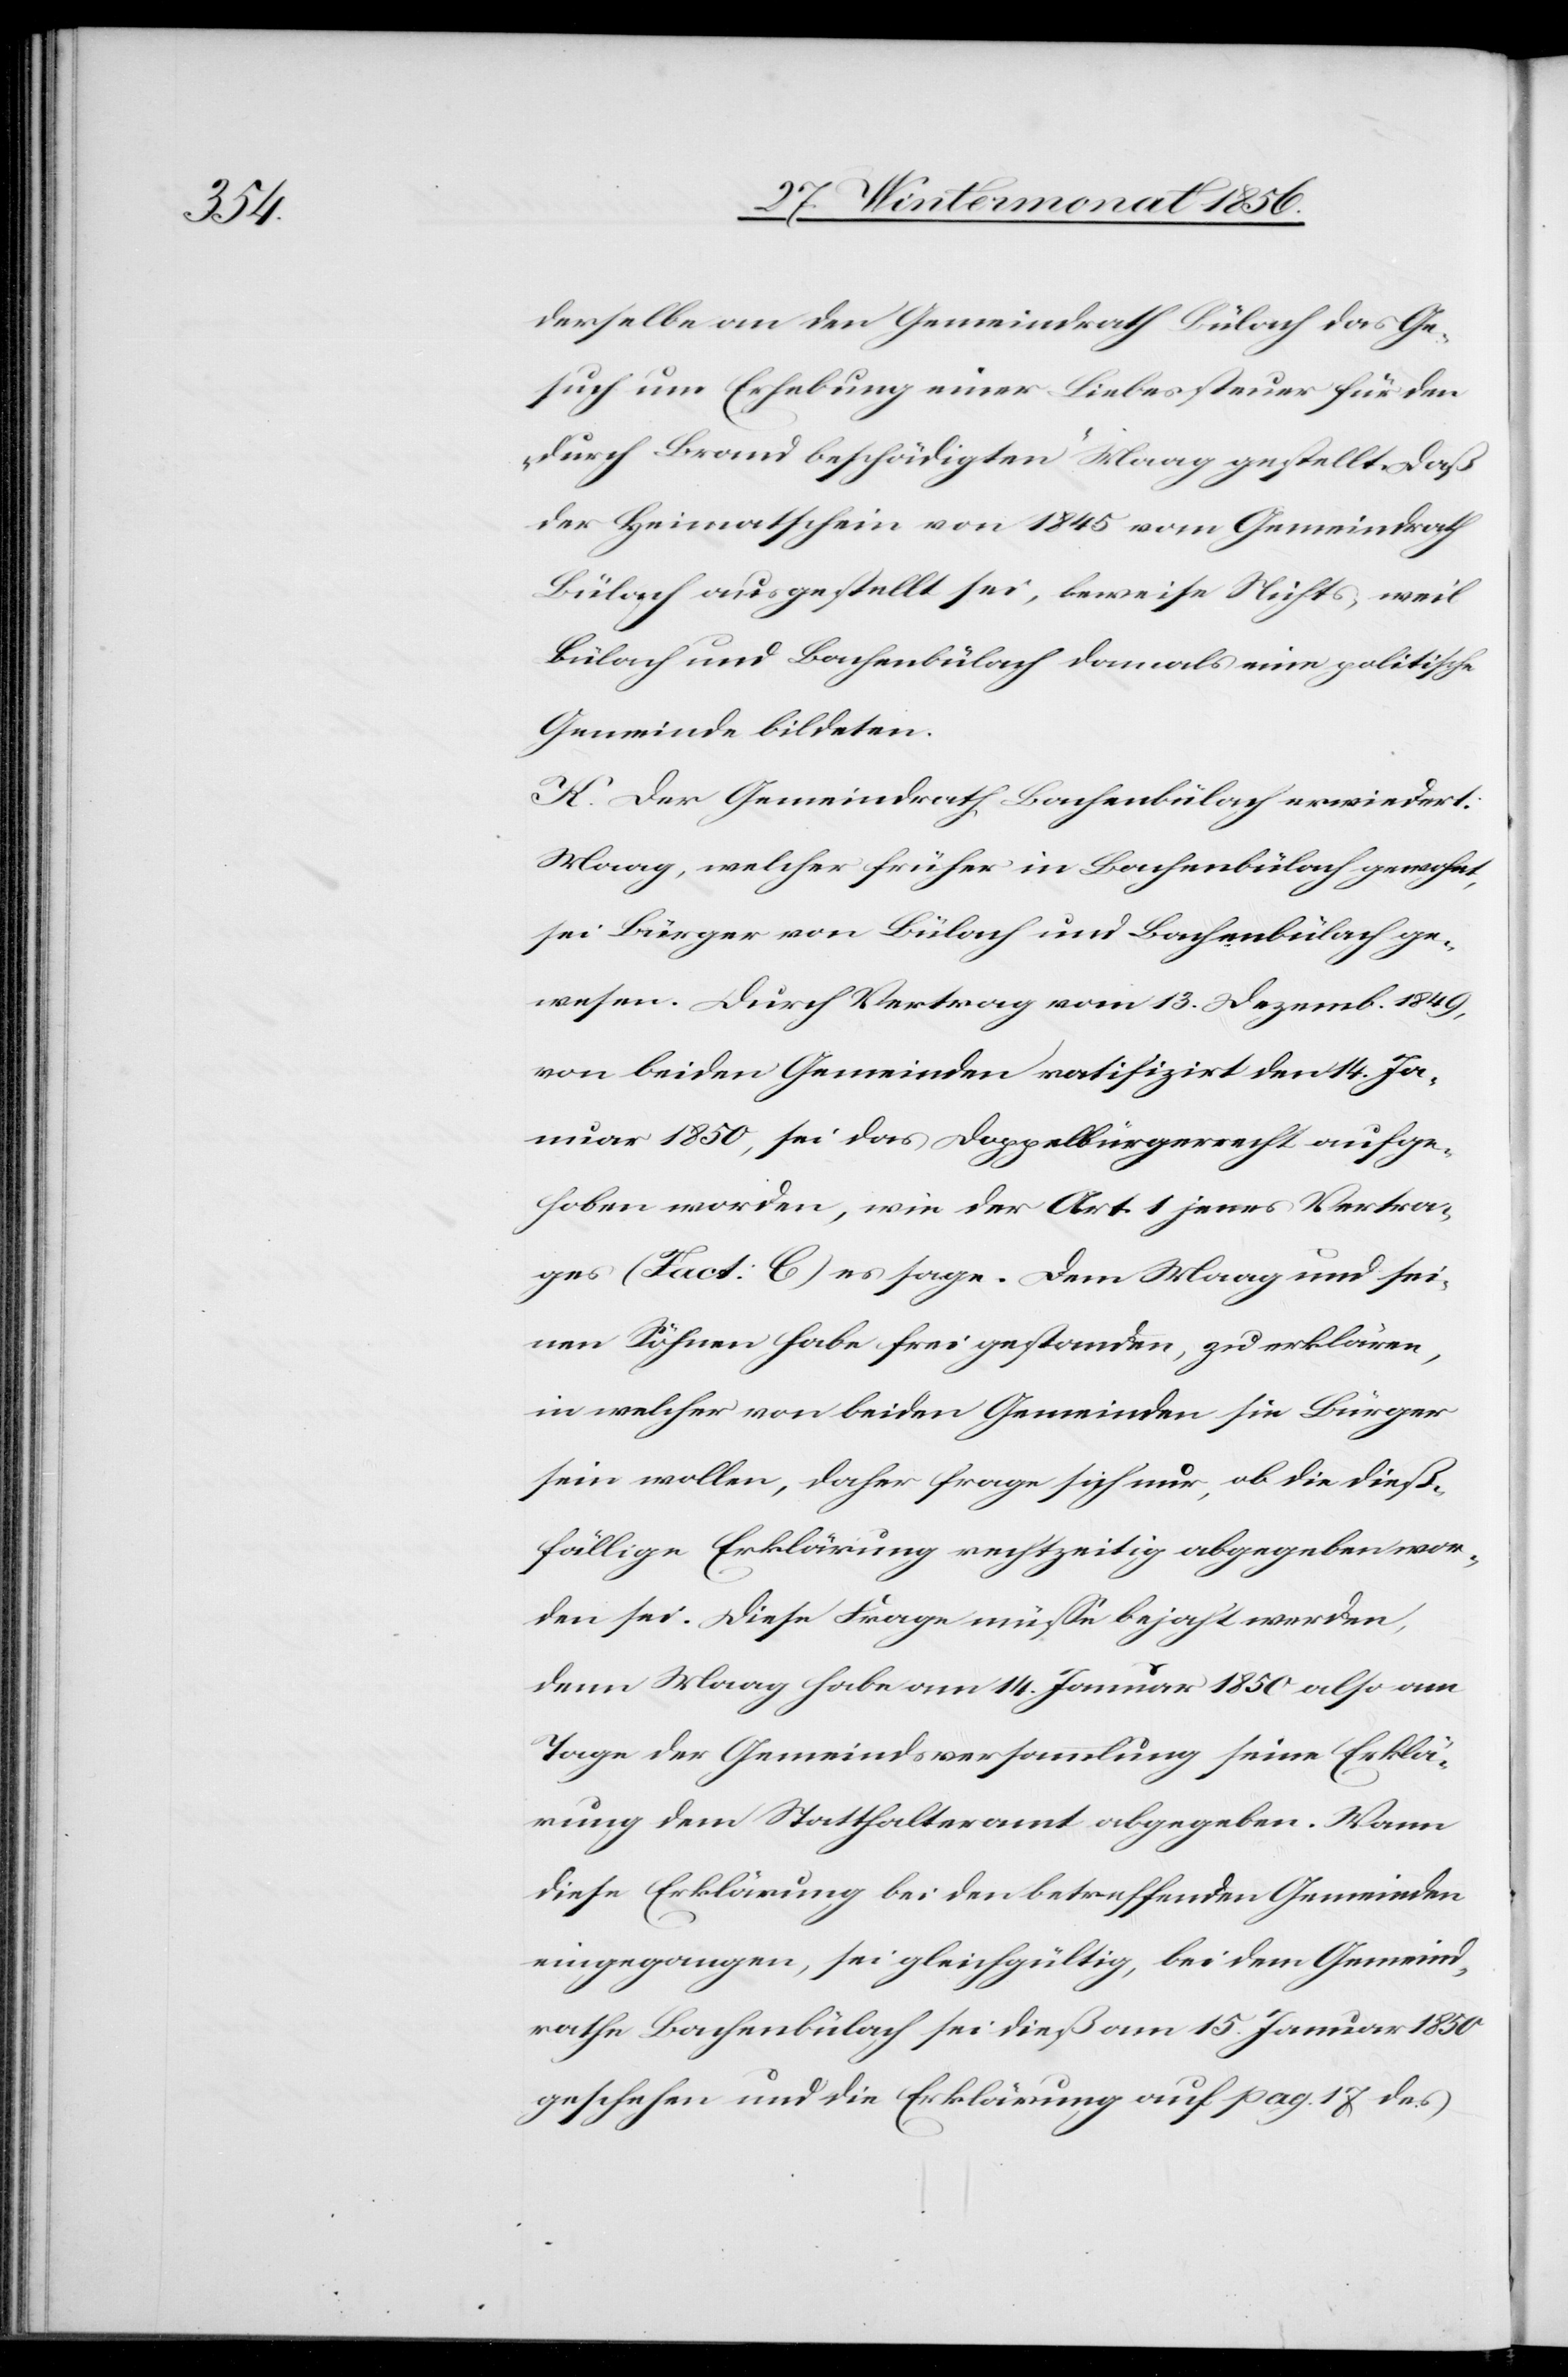
derselbe an den Gemeindrath Bülach das Ge¬
such um Erhebung einer Liebessteuer für den
„durch Brand beschädigten“ Maag gestellt. Daß
der Heimatschein von 1845 vom Gemeindrath
Bülach ausgestellt sei, beweise Nichts, weil
Bülach und Bachenbülach damals eine politische
Gemeinde bildeten.
K. Der Gemeindrath Bachenbülach erwiedert:
Maag, welcher früher in Bachenbülach gewohnt,
sei Bürger von Bülach und Bachenbülach ge¬
wesen. Durch Vertrag vom 13. Dezemb. 1849,
von beiden Gemeinden ratifizirt den 14. Ja¬
nuar 1850, sei das Doppelbürgerrecht aufge¬
hoben worden, wie der Art. 1 jenes Vertra¬
ges (Fact: C) es sage. Dem Maag und sei¬
nen Söhnen habe frei gestanden, zu erklären,
in welcher von beiden Gemeinden sie Bürger
sein wollen, daher frage sich nur, ob die dieß¬
fällige Erklärung rechtzeitig abgegeben wor¬
den sei. Diese Frage müsse bejaht werden,
denn Maag habe am 14. Januar 1850 also am
Tage der Gemeindsversammlung seine Erklä¬
rung dem Statthalteramt abgegeben. Wann
diese Erklärung bei den betreffenden Gemeinden
eingegangen, sei gleichgültig, bei dem Gemeind¬
rathe Bachenbülach sei dieß am 15. Januar 1850
geschehen und die Erklärung auf pag. 17 des